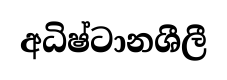
අධිෂ්ටානශීලී